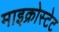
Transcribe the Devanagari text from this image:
माइक्रोस्टेट